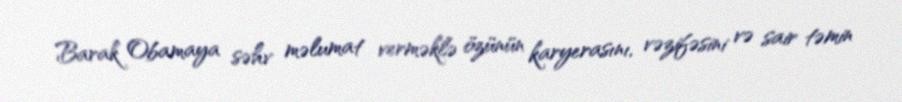
Barak Obamaya səhv məlumat verməklə özünün karyerasını, vəzifəsini və sair təmin